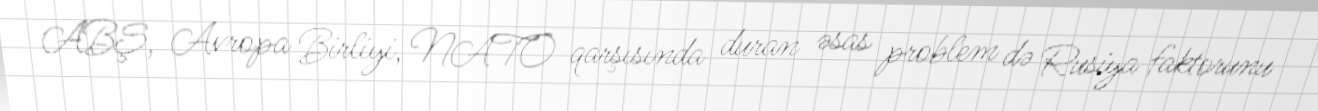
ABŞ, Avropa Birliyi, NATO qarşısında duran əsas problem də Rusiya faktorunu